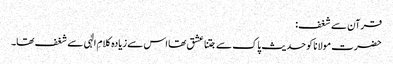
قرآن سے شغف:
حضرت مولانا کو حدیث پاک سے جتنا عشق تھا اس سے زیادہ کلامِ الٰہی سے شغف تھا۔